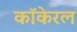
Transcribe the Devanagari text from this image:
कॉकेरल